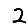
Digit: 2